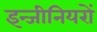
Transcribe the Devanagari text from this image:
इन्जीनियरों